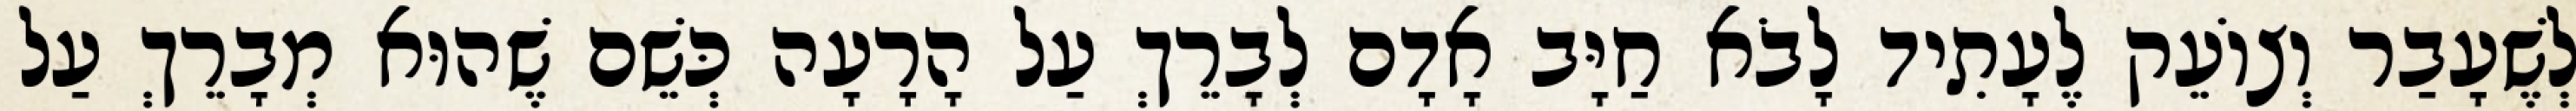
לְשֶׁעָבַר וְצוֹעֵק לֶעָתִיד לָבֹא חַיָּב אָדָם לְבָרֵךְ עַל הָרָעָה כְּשֵׁם שֶׁהוּא מְבָרֵךְ עַל